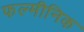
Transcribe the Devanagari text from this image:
फल्मीनिक